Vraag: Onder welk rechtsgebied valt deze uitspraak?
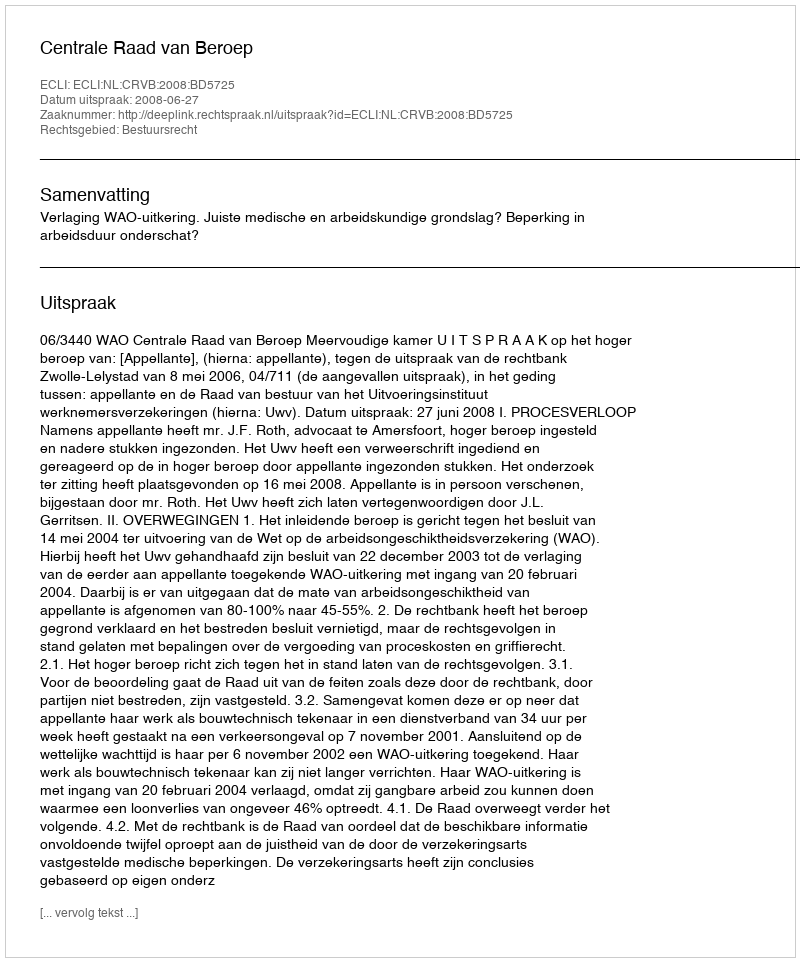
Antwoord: Bestuursrecht